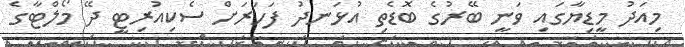
މިއަދު މީޑިޔާގައި ވަނީ ބޭރުގެ ބޮޑެތި އުޅަނދު ފަހަރަށް ސެކިއުރިޓީ ދޭ މޯލްޓާގެ